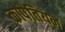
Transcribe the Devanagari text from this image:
कापेतियन